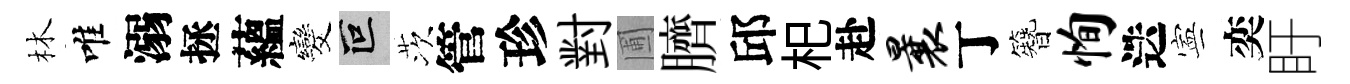
林唯溺拯蘊发叵茨管珍對圃臍邱𣏌赴曩丁簪恂迭寕奕盱